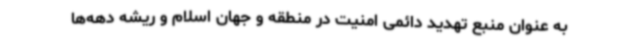
به عنوان منبع تهدید دائمی امنیت در منطقه و جهان اسلام و ریشه دهه‌ها